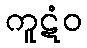
ကူဋံဝ